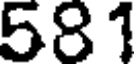
581